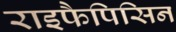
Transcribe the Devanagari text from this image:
राइफैपिसिन